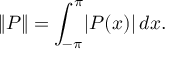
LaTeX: \| P \| = \int _ { - \pi } ^ { \pi } \! | P ( x ) | \, d x .